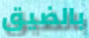
بالضيق